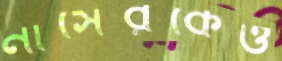
নাসেরকেও